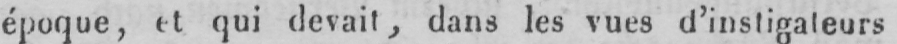
époque, et qui devait, dans les vues d’instigateurs